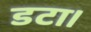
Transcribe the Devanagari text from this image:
डटा।